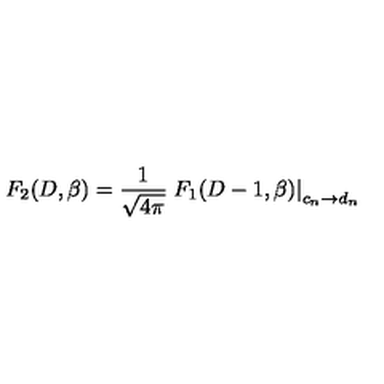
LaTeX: F _ { 2 } ( D , \beta ) = { \frac { 1 } { \sqrt { 4 \pi } } } \left. F _ { 1 } ( D - 1 , \beta ) \right| _ { c _ { n } \rightarrow d _ { n } } ~